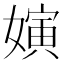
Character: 𱙫